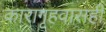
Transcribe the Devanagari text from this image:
कारागृहवासही